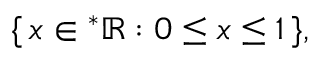
\{ \, x \in { ^ { * } \mathbb { R } } : 0 \leq x \leq 1 \, \} ,